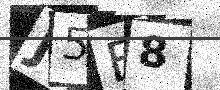
Text: J5E8